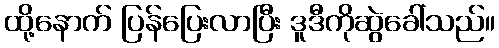
ထို့နောက် ပြန်ပြေးလာပြီး ဒူဒီကိုဆွဲခေါ်သည်။